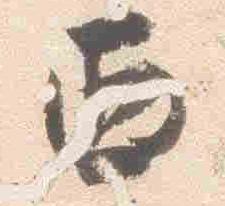
西